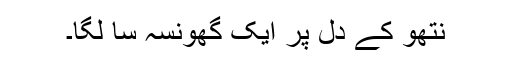
نتھو کے دل پر ایک گھونسہ سا لگا۔